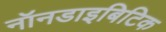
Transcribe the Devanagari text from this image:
नॉनडाइबिटिक